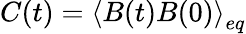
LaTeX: C(t)={{\left\langle B(t)B(0)\right\rangle}_{eq}}